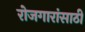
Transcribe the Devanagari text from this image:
रोजगारांसाठी